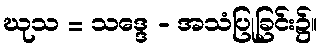
ဃုသ = သဒ္ဒေ - အသံပြုခြင်း၌။